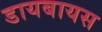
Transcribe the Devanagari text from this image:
डायबायस